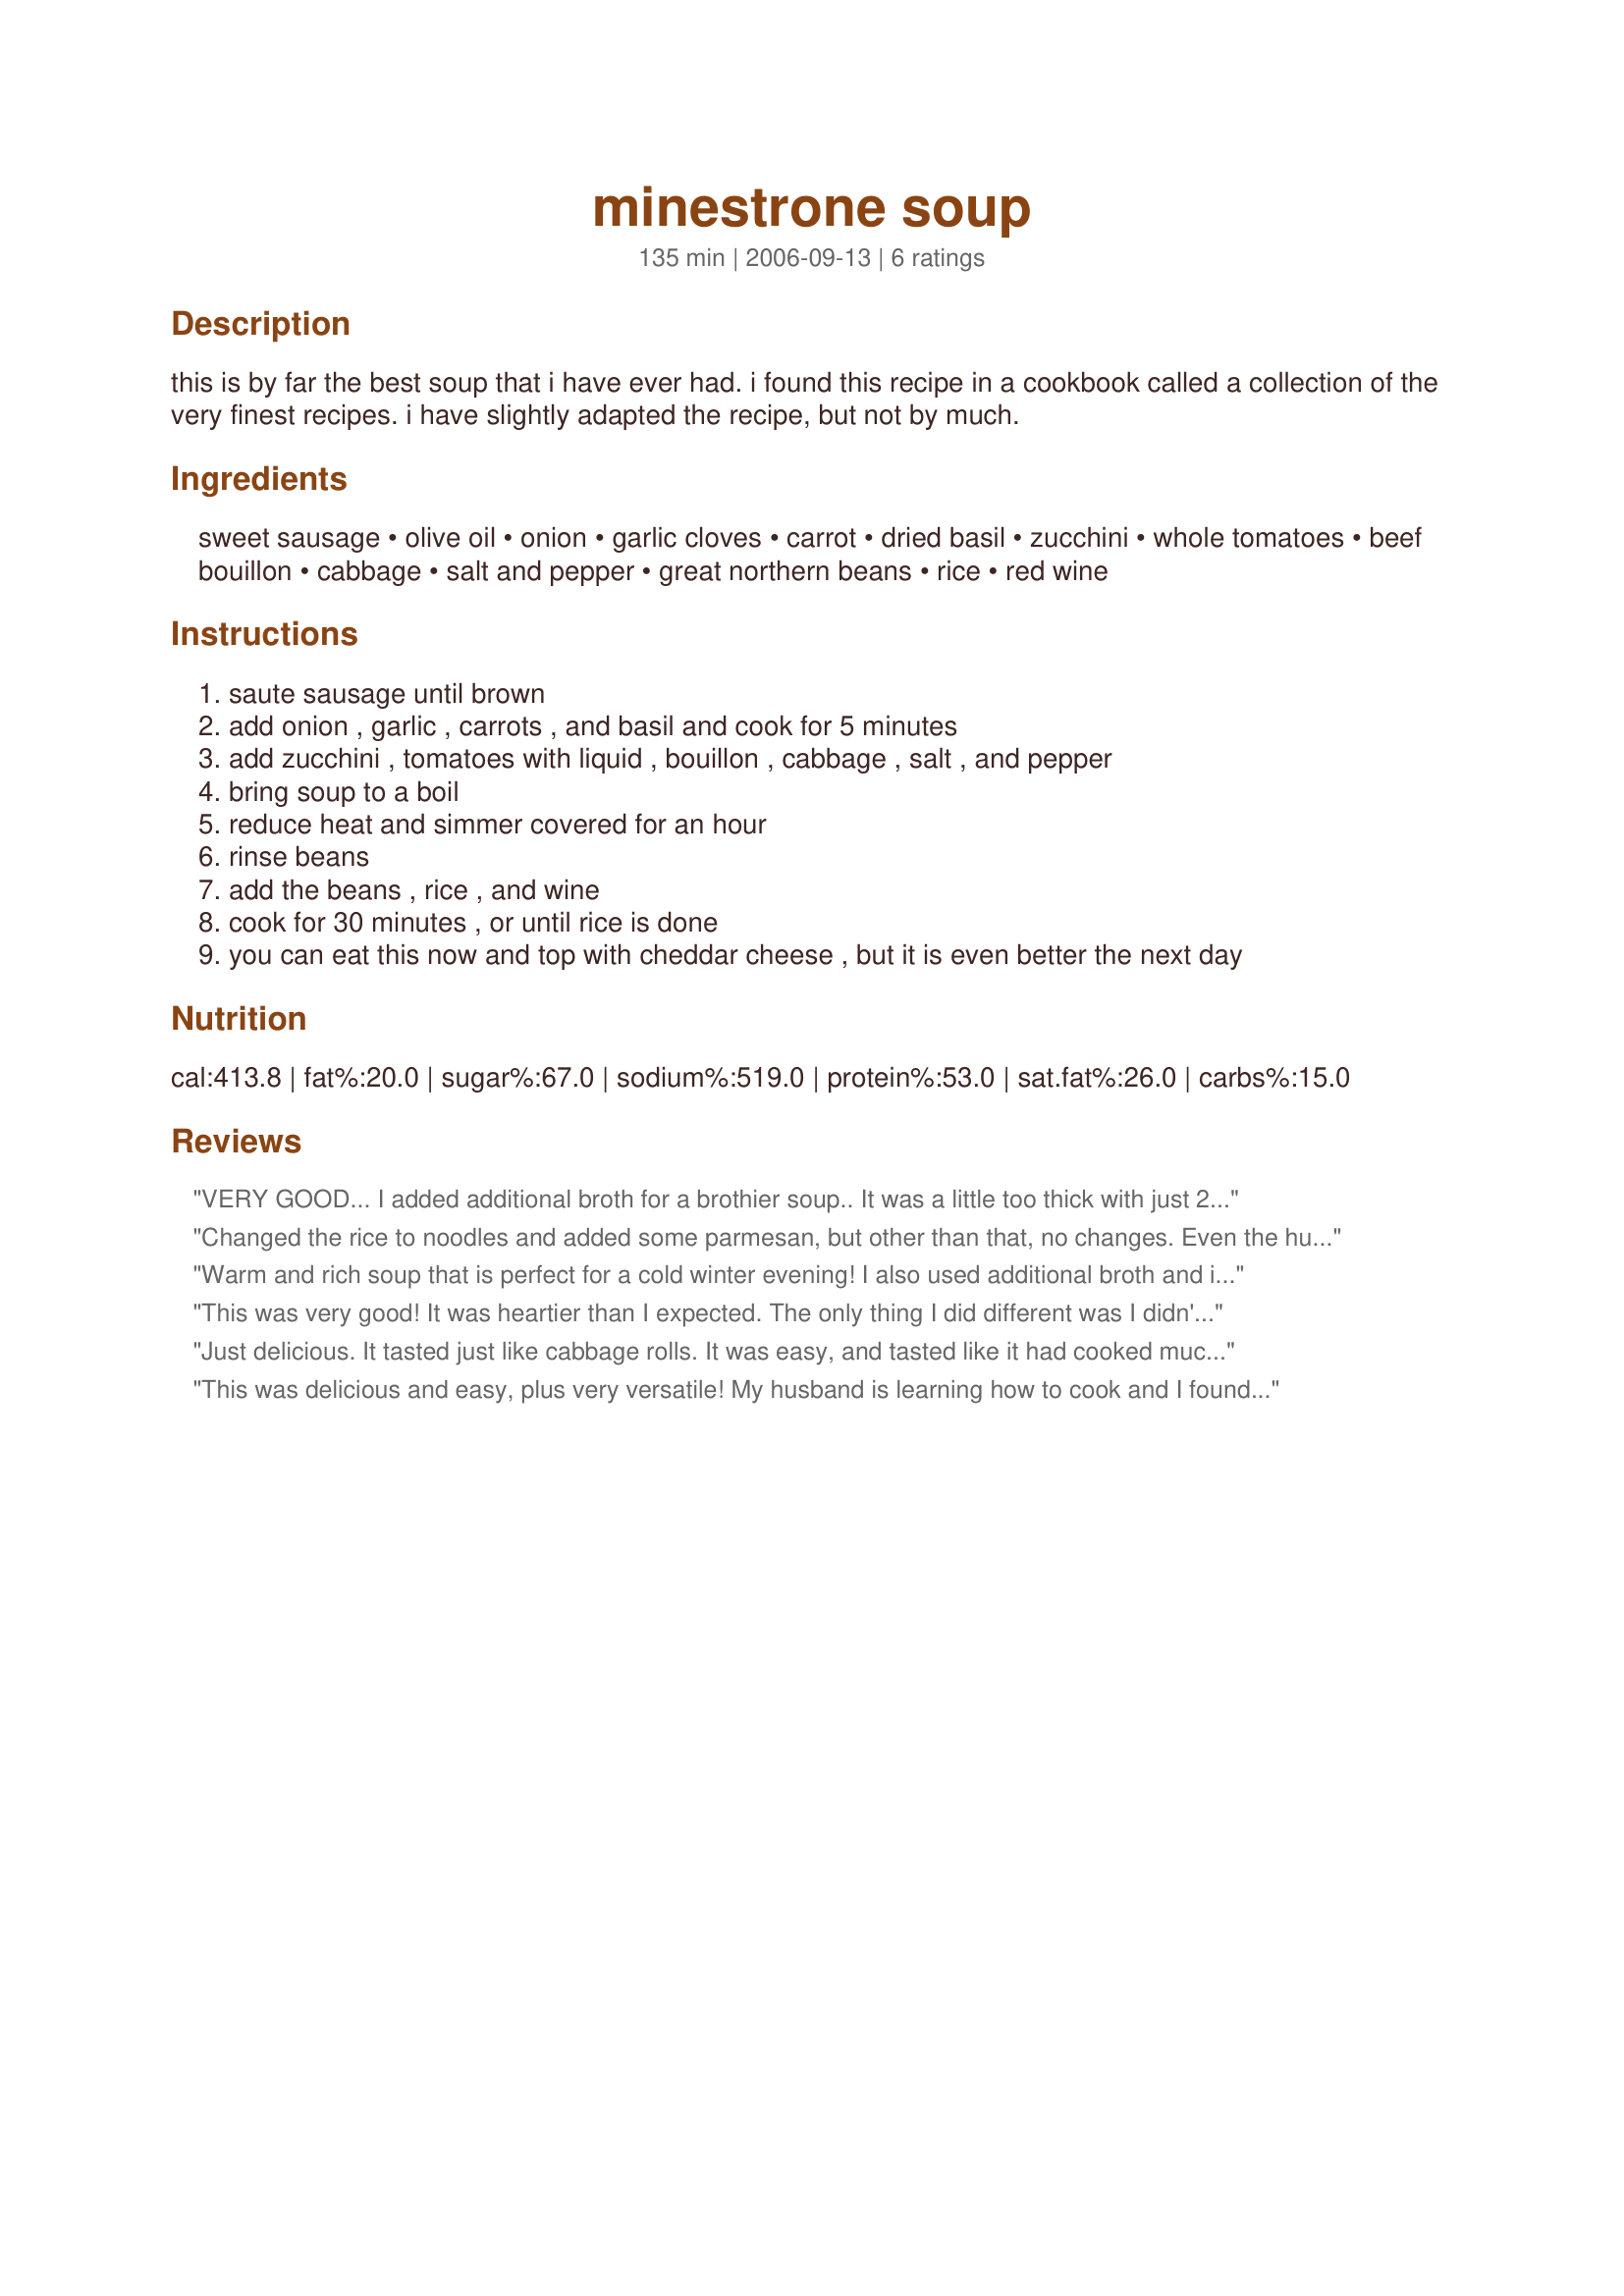
minestrone soup
Preparation time: 135 minutes

this is by far the best soup that i have ever had. i found this recipe in a cookbook called a collection of the very finest recipes. i have slightly adapted the recipe, but not by much.

Ingredients:
sweet sausage, olive oil, onion, garlic cloves, carrot, dried basil, zucchini, whole tomatoes, beef bouillon, cabbage, salt and pepper, great northern beans, rice, red wine

Steps:
saute sausage until brown
add onion , garlic , carrots , and basil and cook for 5 minutes
add zucchini , tomatoes with liquid , bouillon , cabbage , salt , and pepper
bring soup to a boil
reduce heat and simmer covered for an hour
rinse beans
add the beans , rice , and wine
cook for 30 minutes , or until rice is done
you can eat this now and top with cheddar cheese , but it is even better the next day

Reviews:
VERY GOOD... I added additional broth for a brothier soup.. It was a little too thick with just 2 cans of broth. This is real tasty!
Changed the rice to noodles and added some parmesan, but other than that, no changes. Even the husband loved it!
Warm and rich soup that is perfect for a cold winter evening! I also used additional broth and it was delicious. Thanks for posting!
This was very good! It was heartier than I expected. The only thing I did different was I didn't have any cabbage. Very, very satisfying, especially when the day was really rainy and dreary. I served garlic bread along side and tossed salads. Thank you for the great recipe! :)
Just delicious. It tasted just like cabbage rolls. It was easy, and tasted like it had cooked much longer than it actually had. A keeper. Thanks.
This was delicious and easy, plus very versatile! My husband is learning how to cook and I found this recipe for him to try. He did it and it was delicious! We used hamburger meat instead of sausage because it was what we had. Fantastic!
